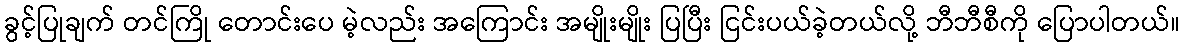
ခွင့်ပြုချက် တင်ကြို တောင်းပေ မဲ့လည်း အကြောင်း အမျိုးမျိုး ပြပြီး ငြင်းပယ်ခဲ့တယ်လို့ ဘီဘီစီကို ပြောပါတယ်။